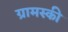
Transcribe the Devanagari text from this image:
ग्रामस्की